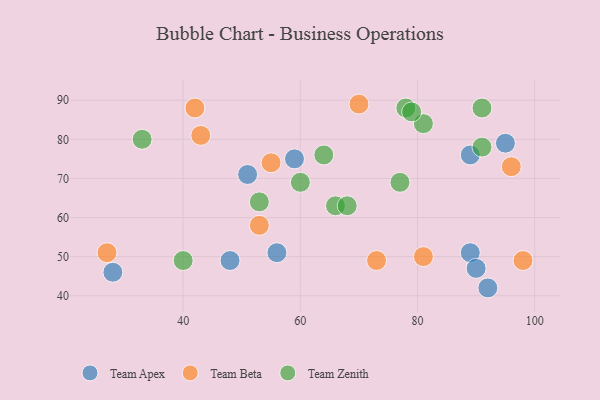
{"axis": {"x": "GDP", "y": "Life Expectancy"}, "legend": ["Team Apex", "Team Beta", "Team Zenith"], "data": [{"x": "59", "y": 75, "type": "Team Apex"}, {"x": "56", "y": 51, "type": "Team Apex"}, {"x": "92", "y": 42, "type": "Team Apex"}, {"x": "48", "y": 49, "type": "Team Apex"}, {"x": "28", "y": 46, "type": "Team Apex"}, {"x": "89", "y": 51, "type": "Team Apex"}, {"x": "89", "y": 76, "type": "Team Apex"}, {"x": "90", "y": 47, "type": "Team Apex"}, {"x": "51", "y": 71, "type": "Team Apex"}, {"x": "95", "y": 79, "type": "Team Apex"}, {"x": "55", "y": 74, "type": "Team Beta"}, {"x": "81", "y": 50, "type": "Team Beta"}, {"x": "53", "y": 58, "type": "Team Beta"}, {"x": "42", "y": 88, "type": "Team Beta"}, {"x": "70", "y": 89, "type": "Team Beta"}, {"x": "98", "y": 49, "type": "Team Beta"}, {"x": "73", "y": 49, "type": "Team Beta"}, {"x": "43", "y": 81, "type": "Team Beta"}, {"x": "27", "y": 51, "type": "Team Beta"}, {"x": "96", "y": 73, "type": "Team Beta"}, {"x": "81", "y": 84, "type": "Team Zenith"}, {"x": "91", "y": 88, "type": "Team Zenith"}, {"x": "91", "y": 78, "type": "Team Zenith"}, {"x": "60", "y": 69, "type": "Team Zenith"}, {"x": "78", "y": 88, "type": "Team Zenith"}, {"x": "77", "y": 69, "type": "Team Zenith"}, {"x": "40", "y": 49, "type": "Team Zenith"}, {"x": "33", "y": 80, "type": "Team Zenith"}, {"x": "66", "y": 63, "type": "Team Zenith"}, {"x": "64", "y": 76, "type": "Team Zenith"}, {"x": "53", "y": 64, "type": "Team Zenith"}, {"x": "79", "y": 87, "type": "Team Zenith"}, {"x": "68", "y": 63, "type": "Team Zenith"}]}